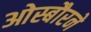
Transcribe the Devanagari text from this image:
ओस्बौरने